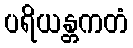
ပရိယန္တကတံ